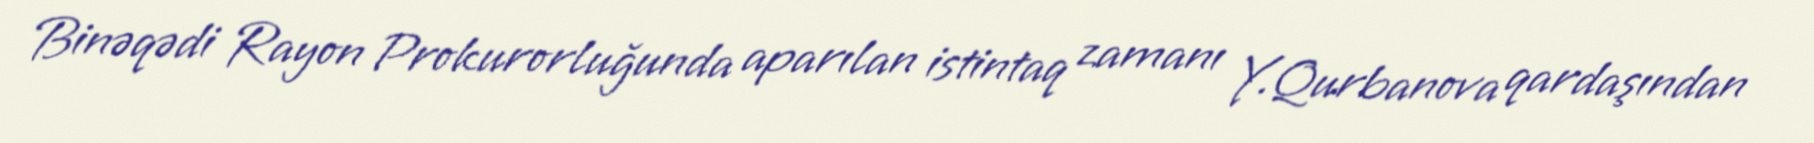
Binəqədi Rayon Prokurorluğunda aparılan istintaq zamanı Y.Qurbanova qardaşından